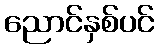
ညောင်နှစ်ပင်